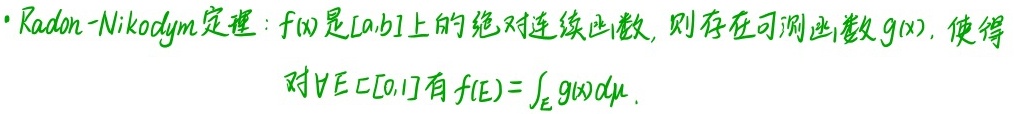
- Radon - Nikodym定理：$f(x)$是$[a,b]$上的绝对连续函数，则存在可测函数$g(x)$，使得对$\forall E\subset [0,1]$有$f(E)=\int_E g(x)d\mu$。